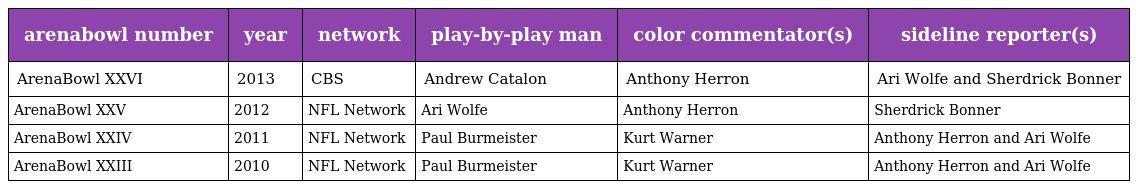
| arenabowl number | year | network | play-by-play man | color commentator(s) | sideline reporter(s) |
 | --- | --- | --- | --- | --- | --- |
 | ArenaBowl XXVI | 2013 | CBS | Andrew Catalon | Anthony Herron | Ari Wolfe and Sherdrick Bonner |
 | ArenaBowl XXV | 2012 | NFL Network | Ari Wolfe | Anthony Herron | Sherdrick Bonner |
 | ArenaBowl XXIV | 2011 | NFL Network | Paul Burmeister | Kurt Warner | Anthony Herron and Ari Wolfe |
 | ArenaBowl XXIII | 2010 | NFL Network | Paul Burmeister | Kurt Warner | Anthony Herron and Ari Wolfe |